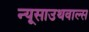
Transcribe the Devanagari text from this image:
न्यूसाउथवाल्स